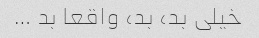
خیلی بد، بد، واقعا بد …